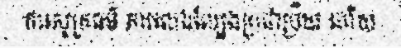
ការសូត្រធម៌ ការលេងល្បែងប្រជាប្រិយ ហើយ